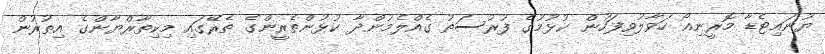
ޔުނައިޓެޑާ މޮރީނިއޯ ހަވާލުވިފަހުން ކުޅުމުގެ ފުރުސަތު ގެއްލެމުންދާ ކުޅުންތެރީންގެ ތެރޭގައި މިކިތާރްޔާންގެ އިތުރުން